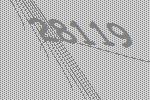
28119